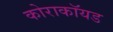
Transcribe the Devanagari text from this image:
कोराकॉयड